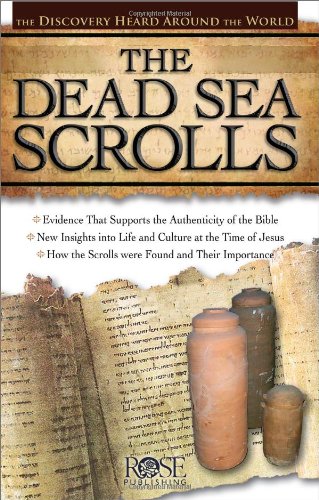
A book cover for The Dead Sea Scrolls; Rose Publishing; Christian Books & Bibles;